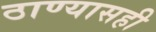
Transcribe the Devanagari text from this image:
ठाण्यासही